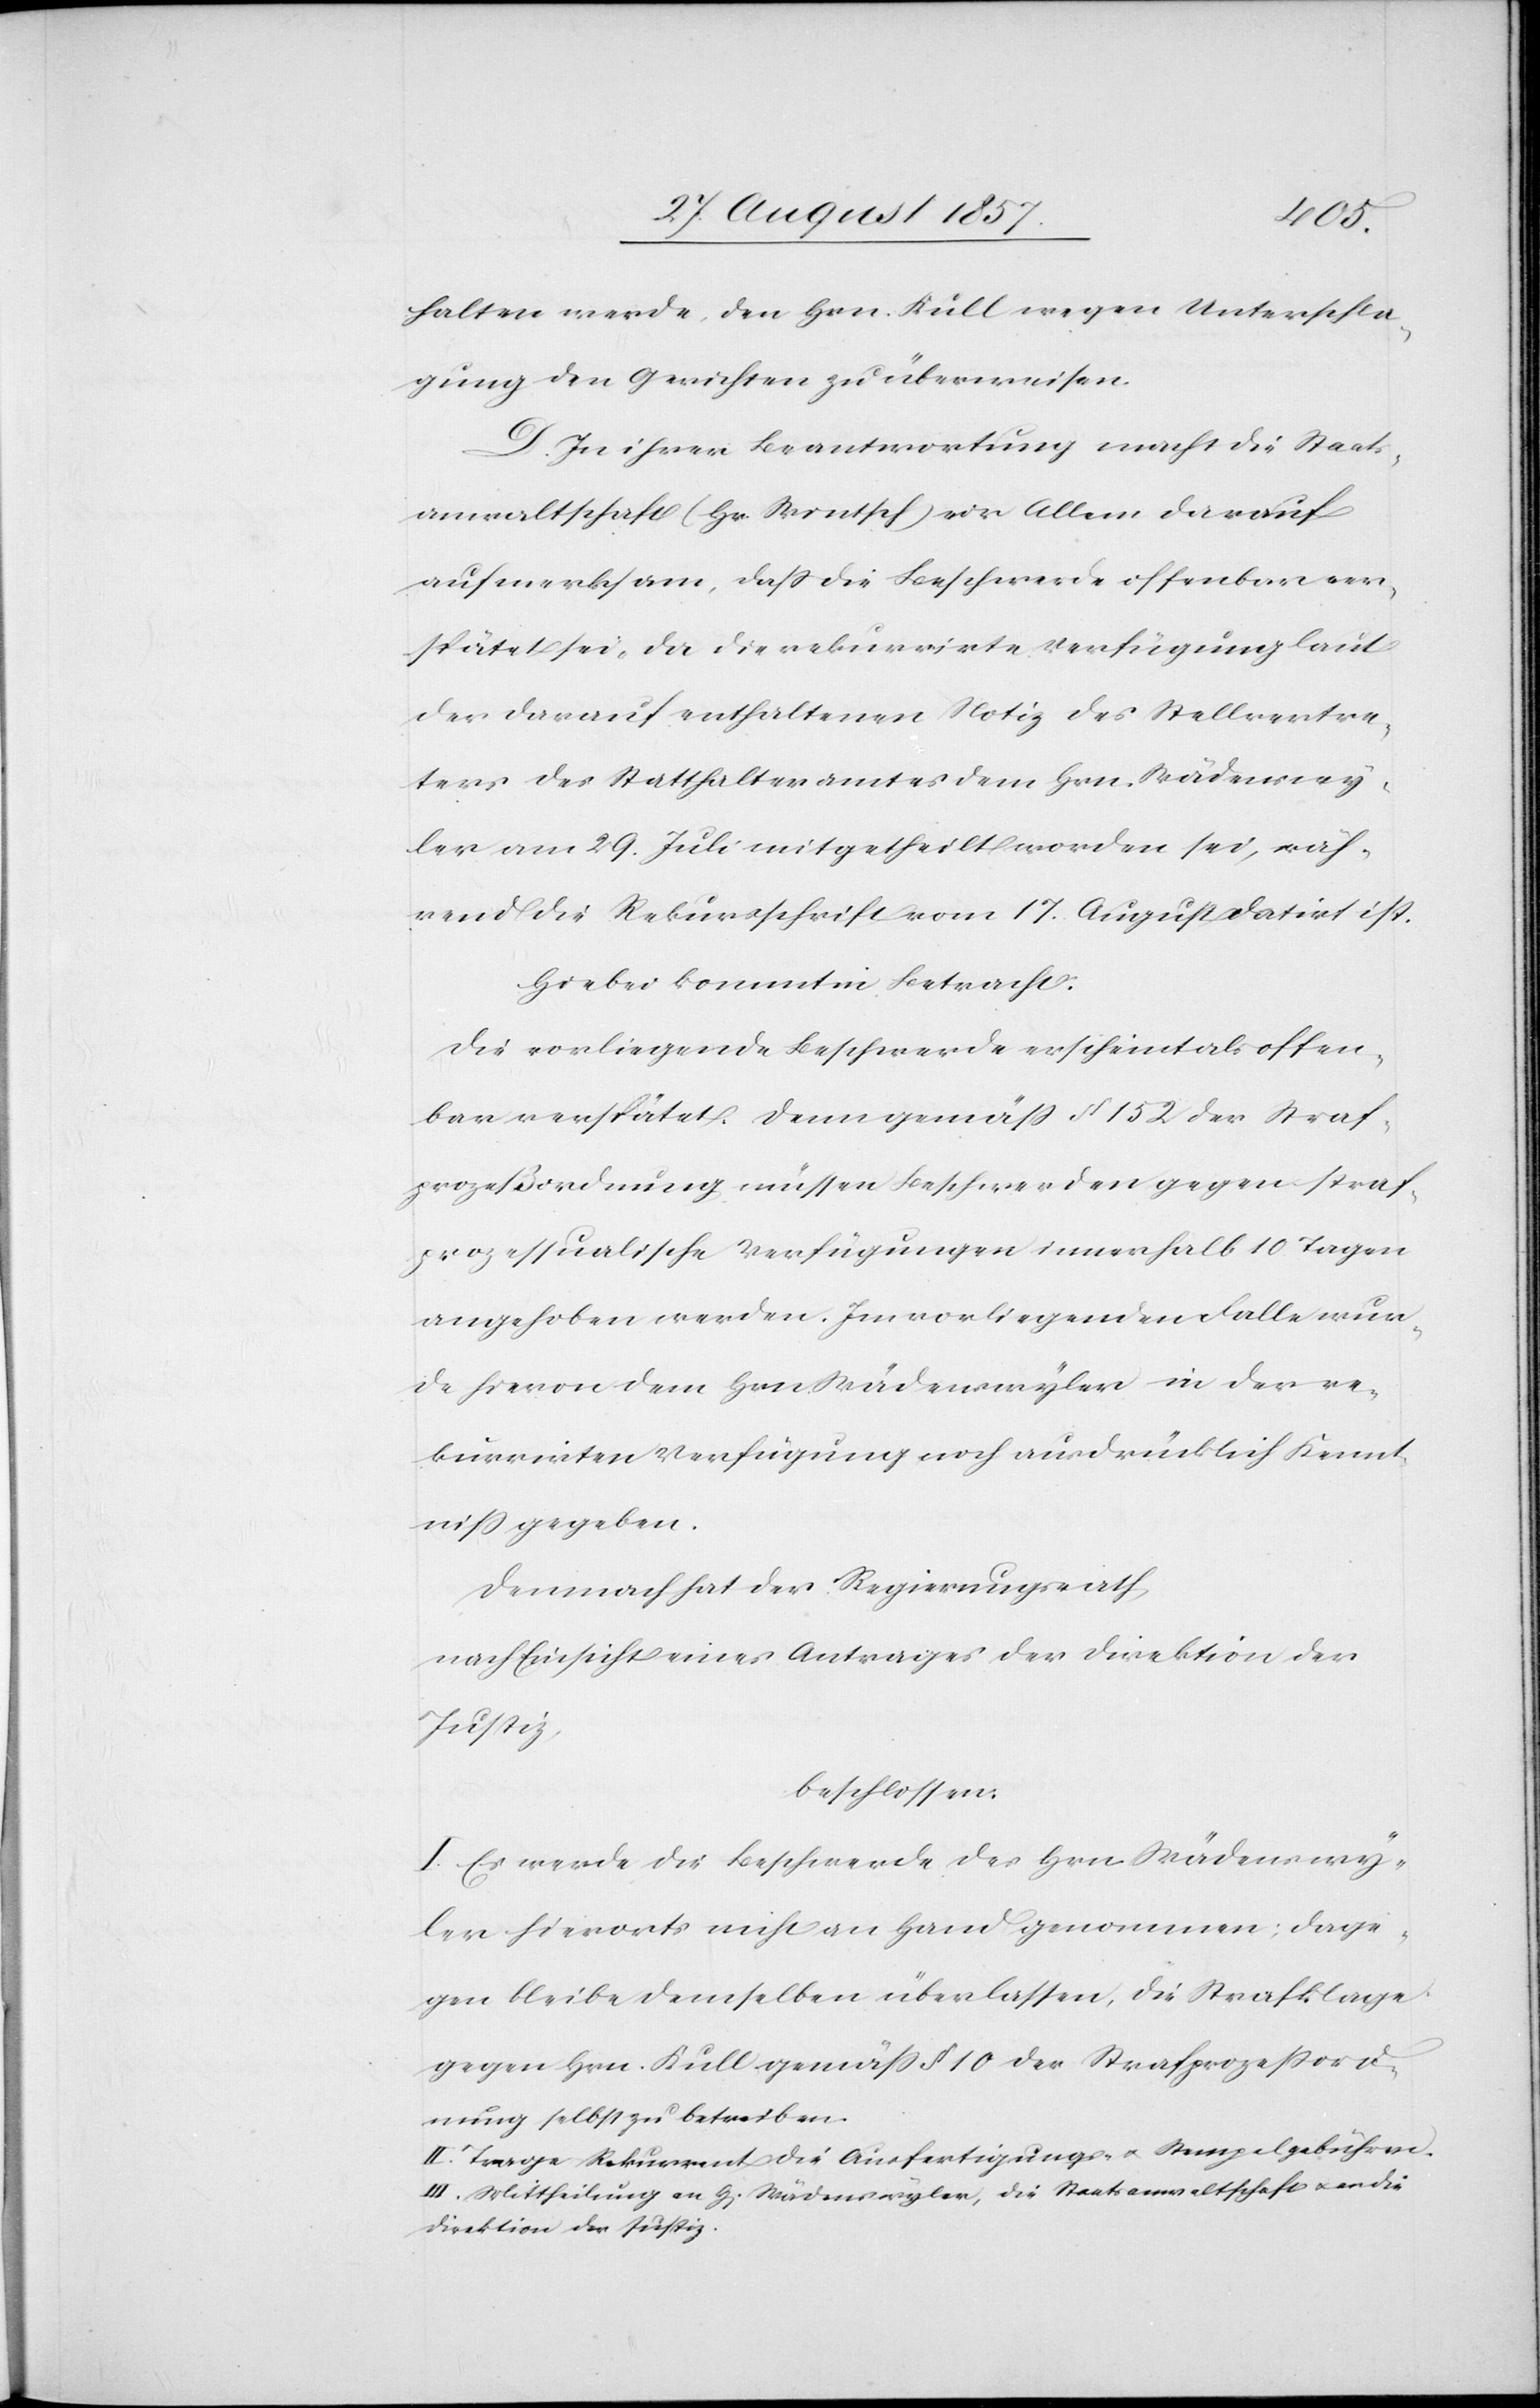
halten werde, den Hrn. Kull wegen Unterschla¬
gung den Gerichten zu überweisen.
D. In ihrer Beantwortung macht die Staats¬
anwaltschaft (Hr. Wintsch) vor Allem darauf
aufmerksam, daß die Beschwerde offenbar ver¬
spätet sei, da die rekurrirte Verfügung laut
der darauf enthaltenen Notiz des Stellvertre¬
ters des Statthalteramtes dem Hrn. Wädenswy¬
ler am 29. Juli mitgetheilt worden sei, wäh¬
rend die Rekursschrift vom 17. August datirt ist.
Hiebei kommt in Betracht:
Die vorliegende Beschwerde erscheint als offen¬
bar verspätet. Denn gemäß § 152 Straf¬
prozeßordnung müssen Beschwerden gegen straf¬
prozessualische Verfügungen innerhalb 10 Tagen
angehoben werden. Im vorliegenden Falle wur¬
de hievon dem Hrn. Wädenswyler in der re¬
kurrirten Verfügung noch ausdrücklich Kennt¬
niß gegeben.
Demnach hat der Regierungsrath,
nach Einsicht eines Antrages der Direktion der
Justiz,
beschlossen:
I. Es werde die Beschwerde des Hrn. Wädenswy¬
ler hierorts nicht an Hand genommen; dage¬
gen bleibe demselben selbst überlassen, die Strafklage
gegen Hrn. Kull gemäß § 10 der Strafprozessord¬
nung selbst zu betreiben.
II. Trage Rekurrent die Ausfertigungs- & Stempelgebühren.
III. Mittheilung an H[errn] Wädenswyler, die Staatsanwaltschaft & an die
Direktion der Justiz.